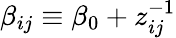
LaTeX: \beta_{ij}\equiv\beta_{0}+z_{ij}^{-1}